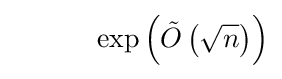
\quad \qquad \exp \left({\tilde {O}}\left({\sqrt {n}}\right)\right)